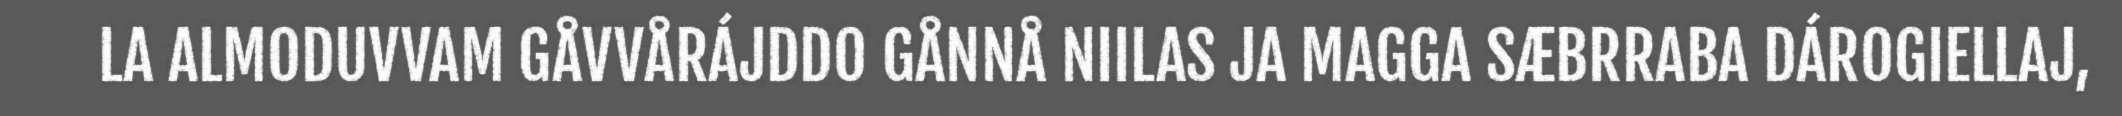
LA ALMODUVVAM GÅVVÅRÁJDDO GÅNNÅ NIILAS JA MAGGA SÆBRRABA DÁROGIELLAJ,